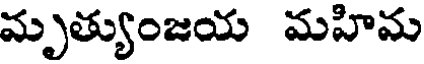
మృత్యుంజయ మహిమ